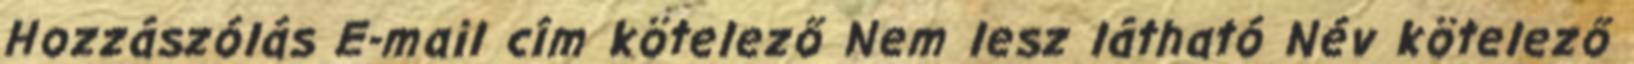
Hozzászólás E-mail cím kötelező Nem lesz látható Név kötelező